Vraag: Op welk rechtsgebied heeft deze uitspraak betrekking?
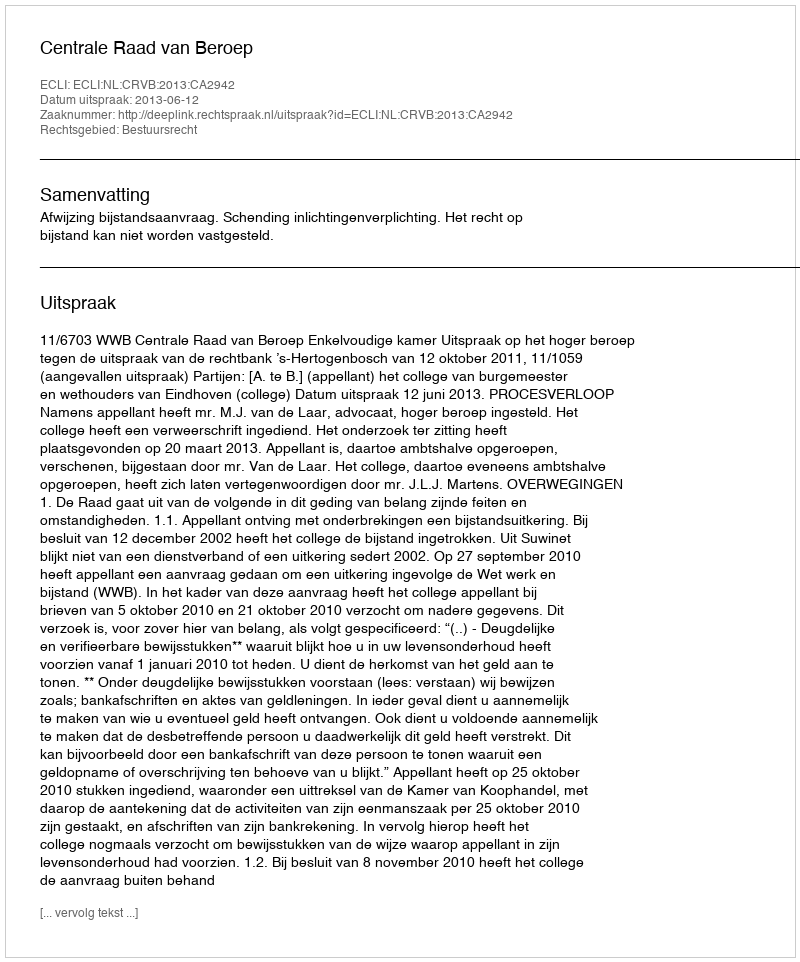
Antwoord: Bestuursrecht